Medical and sanitary report on the native army of Bombay for the year
Year: 1878
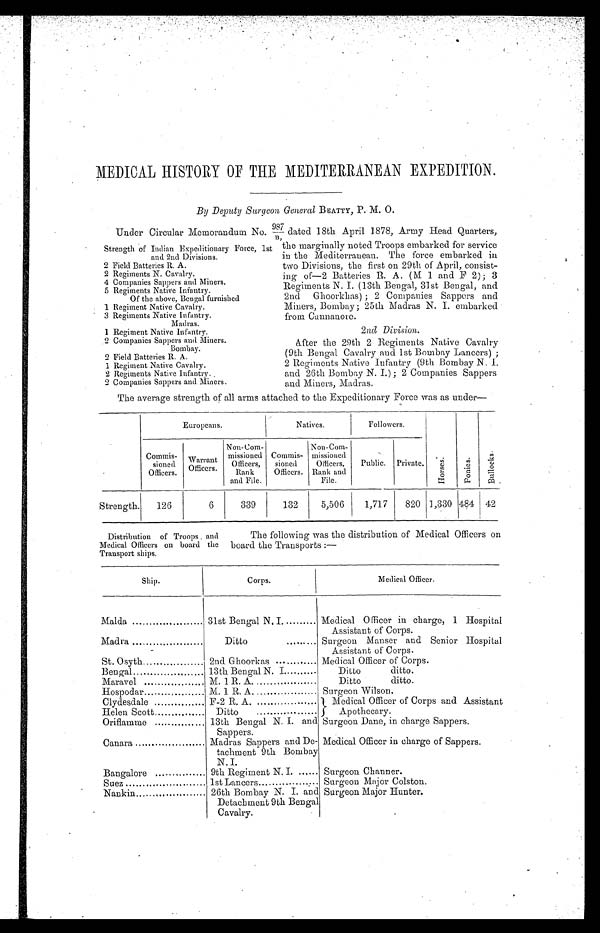
MEDICAL HISTORY OF THE MEDITERRANEAN EXPEDITION.
By Deputy Surgeon General B EATTY, P. M. O.
Under Circular Memorandum No. 987 dated 18th April 1878, Army Head Quarters,
Strength : of Indian Expeditionary Force, 1st
the marginally noted Troops embarked for service
and 2nd Divisions.
in the Mediterranean. The force embarked in
2 Field Batteries R. A.
two Divisions, the first on 29th of April, consist-
2 Regiments N. Cavalry
ing of—2 Batteries R. A. (M 1 andf2);3
4 Companies Sappers and Miners.
Regiments N. I. (13th Bengal, 31st Bengal, and
5 Regiments Native Infantry.
Of the above, Bengal furnished
2nd Ghoorklias) ; 2 Companies Sappers and
1 Regiment Native Cavalry.
Miners, Bombay ; 25th Madras N. I. embarked
3 Regiments Native Infantry.
from Cannanore.
Madras.
1 Regiment Native Infantry.
2nd Division.
2 Companies Sappers and Miners.
After the 29th 2 Regiments Native Cavalry
Bombay.
2 Field Batteries R. A.
(9th Bengal Cavalry and 1st Bombay Lancers);
1 Regiment Native Cavalry.
2 Regiments Native Infantry (9th Bombay N. I.
2 Regiments Native Infantry.
and 26th Bombay N. I.); 2 Companies Sappers
2 Companies Sappers and Miners.
and Miners, Madras.
The average strength of all arms attached to the Expeditionary Force was as under—
Europeans.
Natives.
Followers.
Commis-
sioned
Officers.
W a r r a n t
Officers.
Non-Com-
missione d
Officers,
Rank
and File.
Commis-
sioned
Officers.
Non-Com-
missioned
Officers,
Rank a n d
File.
Public.
Private.
H o r s e s .
P o n i e s .
B u l l o c k s .
Strength.
126
6
339
132
5,506
1,717
820 1,330 484 42
Distribution of Troops and
The following was the distribution of Medical Officers on
Medical Officers on board the board the Transports
:—
Transport ships .
Ship.
Corps.
Medical Officer.
Malda
31st Bengal N. I.
Medical Officer in charge, 1 Hospital
Assistant of Corps.
Madra
-
Ditto
......... Surgeon Manser and Senior Hospital
n
Assistant of Corps.
St. Osyth
2nd Ghoorkas .... ........ Medical Officer of Corps.
Bengal
13th Bengal N. I
Ditto
ditto.
Maravel
M. 1 R. A.
Ditto
ditto.
Hospodar
M. 1 R. A.
Surgeon Wilson.
Clydesdale
F-2 R. A.
1 Medical Officer of Corps and Assistant
Helen Scott
Ditto
5 Apothecary.
Oriflamme
13th
b
Bencr Bengal N. I. and
Sappers.
Surgeon Dane, in charge Sappers.
b
Canara
Madras Sappers and De-
tachment 9th Bombay
N. I.
Medical Officer in charge of Sappers.
Bangalore
9th Regiment N. I. ...... Surgeon Charmer.
Suez
1st Lancers
,
Surgeon Major Colston.
Nankin
.
26th Bombay N. I. and
Detachment 9th Bengal
Cavalry.
Surgeon Major Hunter.
,